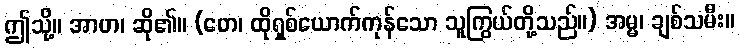
ဤသို့။ အာဟ၊ ဆို၏။ (တေ၊ ထိုရှစ်ယောက်ကုန်သော သူကြွယ်တို့သည်။) အမ္မ၊ ချစ်သမီး။